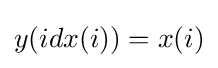
y(idx(i))=x(i)